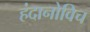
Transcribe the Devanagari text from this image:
हंदानोविच